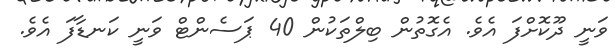
ވަނީ ދޫކޮށްފަ އެވެ. އެގޮތުން ބިލްތަކުން 40 ޕަސެންޓް ވަނީ ކަނޑާފަ އެވެ.